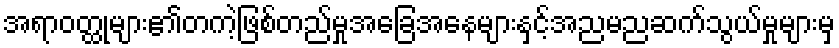
အရာဝတ္ထုများ၏တကဲ့ဖြစ်တည်မှုအခြေအနေများနှင့်အညမညဆက်သွယ်မှုများမှ